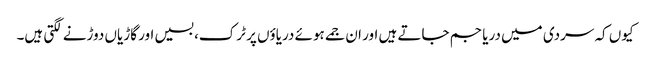
کیوں کہ سردی میں دریا جم جاتے ہیں اور ان جمے ہوئے دریاؤں پر ٹرک، بسیں اور گاڑیاں دوڑنے لگتی ہیں۔